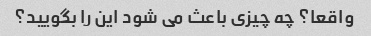
واقعا؟ چه چیزی باعث می شود این را بگویید؟